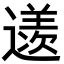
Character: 䢭